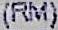
(RM)